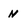
Character: n